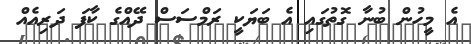
އެ މީހުން ބުނާ ގޮތުގައި އެ ބަޔަކީ ރަމްސަސް ދޭއްގެ ކާފަ ދަރިއެއް